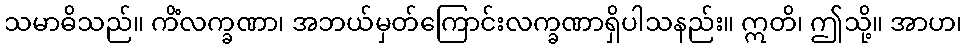
သမာဓိသည်။ ကိံလက္ခဏာ၊ အဘယ်မှတ်ကြောင်းလက္ခဏာရှိပါသနည်း။ ဣတိ၊ ဤသို့။ အာဟ၊